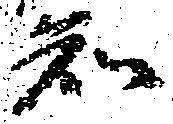
知